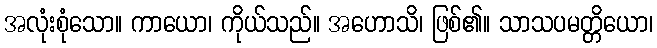
အလုံးစုံသော။ ကာယော၊ ကိုယ်သည်။ အဟောသိ၊ ဖြစ်၏။ သာသပမတ္တိယော၊